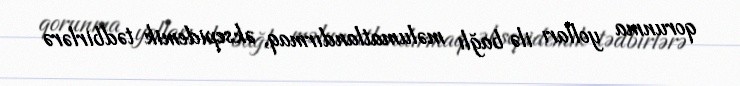
qorunma yolları ilə bağlı məlumatlandırmaq, əksepidemik tədbirlərə